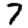
Digit: 7